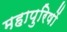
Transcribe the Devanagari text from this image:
महापुरिषों